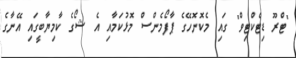
"ޓްރޫ ޑިޓެކްޓިވް" ގައި މެކޮނޮހޭގެ ޕާފޯމެންސް މޮޅުކަމާއި އެ ޝޯގެ ކާމިޔާބީގައި އޭނާގެ